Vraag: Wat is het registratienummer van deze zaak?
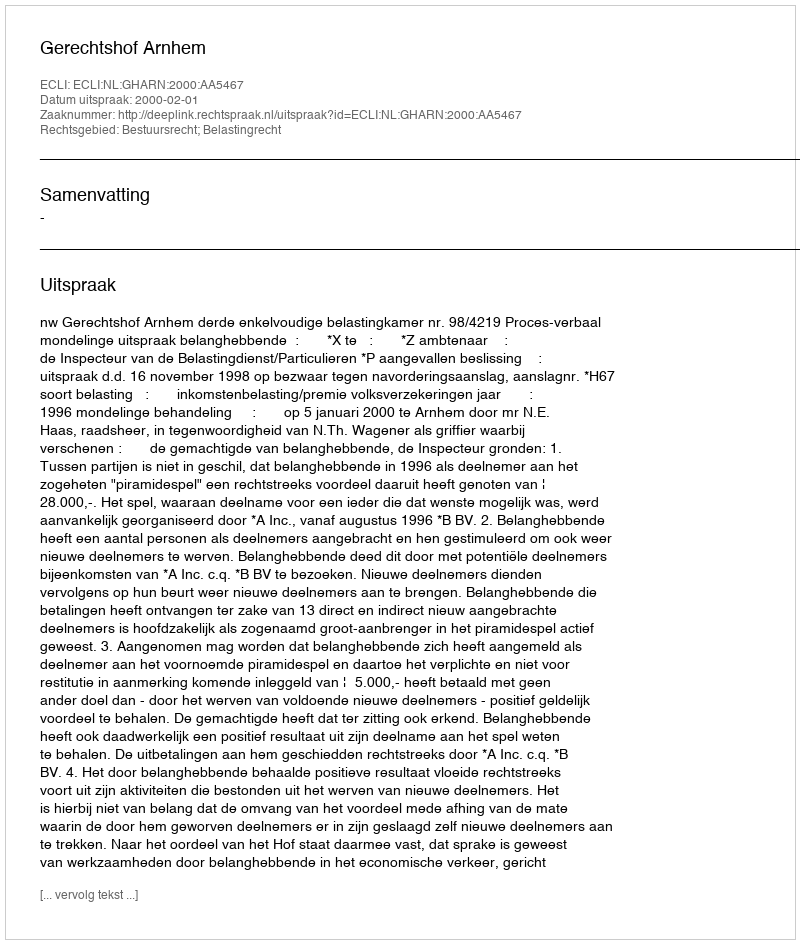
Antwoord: http://deeplink.rechtspraak.nl/uitspraak?id=ECLI:NL:GHARN:2000:AA5467